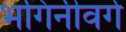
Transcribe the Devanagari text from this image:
भगिनीवर्ग